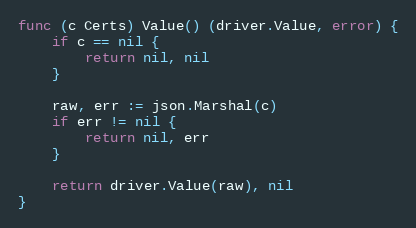
Language: Go
func (c Certs) Value() (driver.Value, error) {
	if c == nil {
		return nil, nil
	}

	raw, err := json.Marshal(c)
	if err != nil {
		return nil, err
	}

	return driver.Value(raw), nil
}